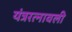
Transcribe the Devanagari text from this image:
यंत्ररत्नावली